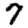
Digit: 7